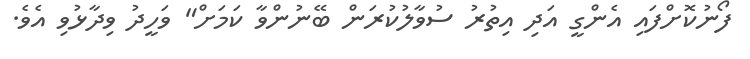
ފޯނުކޮށްފައި އެންގީ އަދި އިތުރު ސުވާލުކުރަން ބޭނުންވާ ކަމަށް" ވަހީދު ވިދާޅުވި އެވެ.